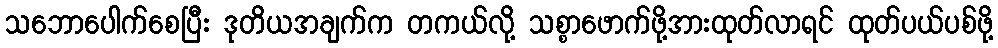
သဘောပေါက်စေပြီး ဒုတိယအချက်က တကယ်လို့ သစ္စာဖောက်ဖို့အားထုတ်လာရင် ထုတ်ပယ်ပစ်ဖို့